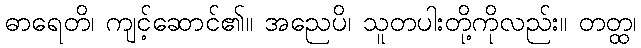
ဓာရေတိ၊ ကျင့်ဆောင်၏။ အညေပိ၊ သူတပါးတို့ကိုလည်း။ တတ္ထ၊